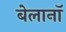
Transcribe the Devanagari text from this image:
बेलानॉ